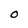
Character: O